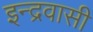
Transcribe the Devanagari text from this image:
इन्द्रवासी